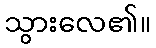
သွားလေ၏။